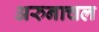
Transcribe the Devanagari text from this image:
अरुनाचल